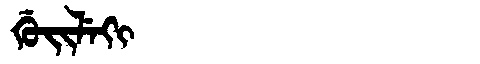
Manchu: ᡤᡠᡳᠯᡝᡴᡳ
Romanization: GUILEKI